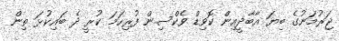
ޖަރުމަނުގެ ބިޔަ އާބާދީއިން ކޮވިޑް ވެކްސިން ފުރިހަމަ ކުރީ ދެ ބައިކުޅަ ތިން